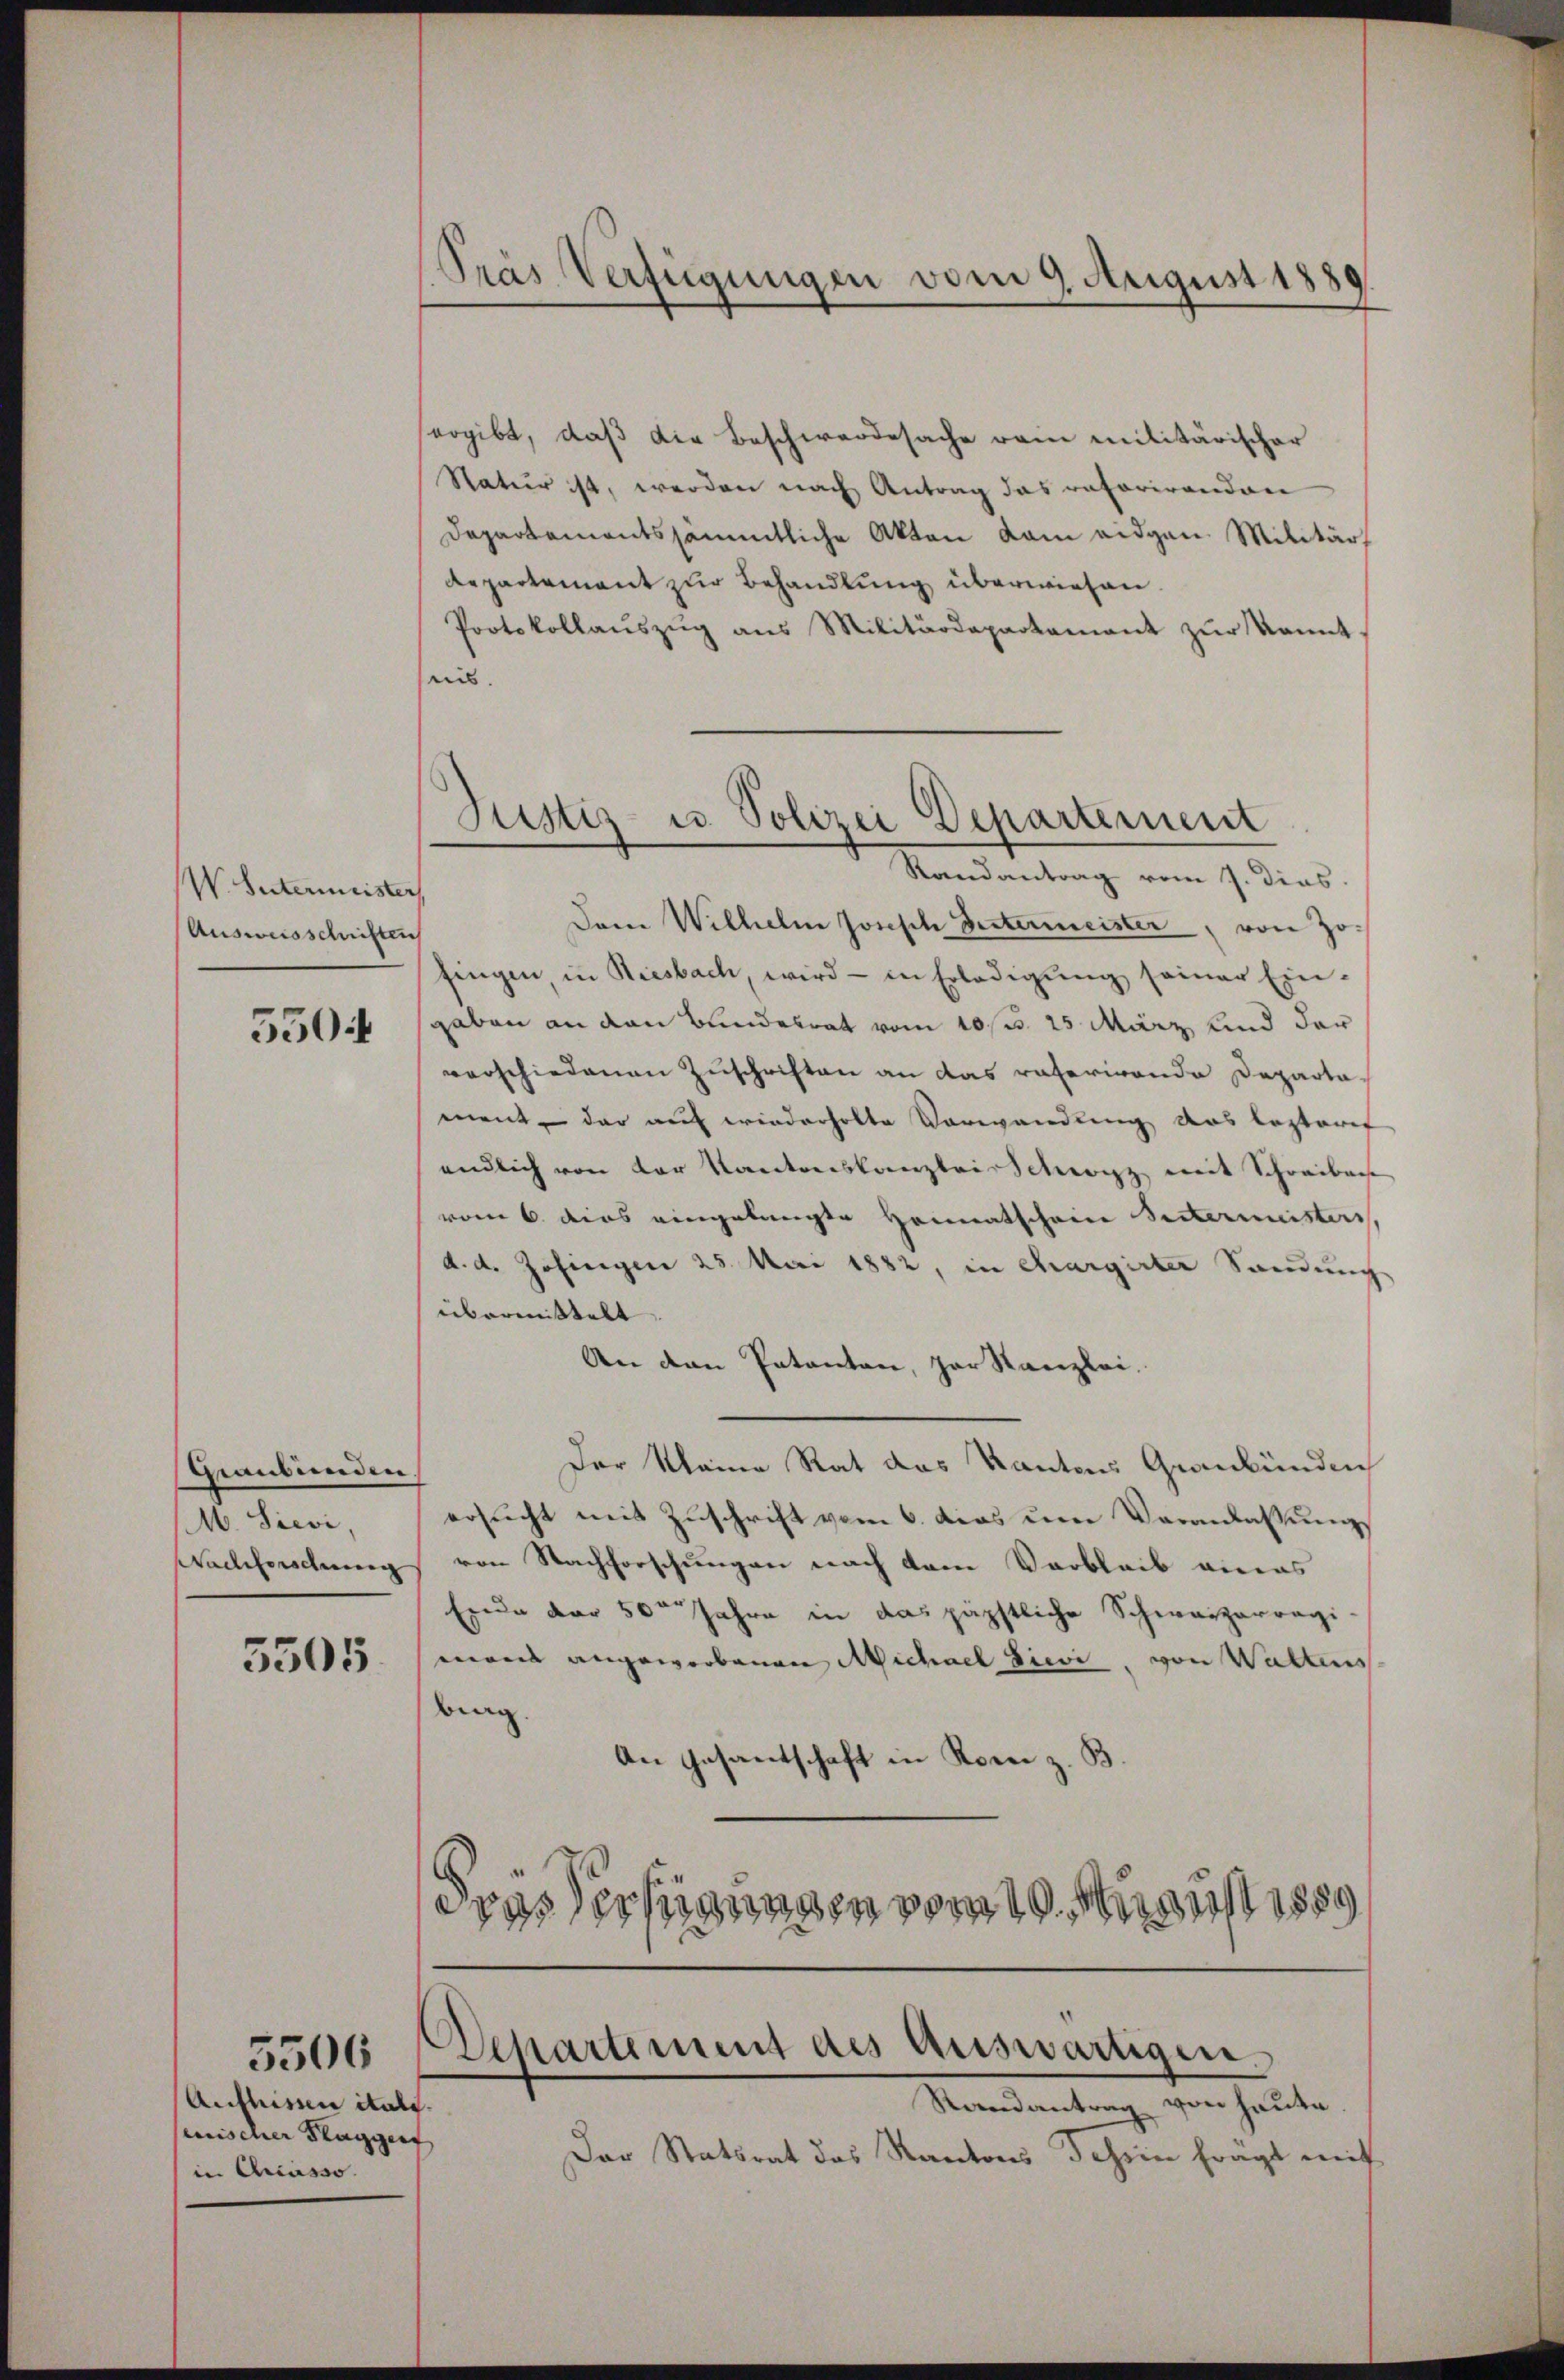
W. Entermeister
Ausweisschriften
550

Graubünden.
M. Sievi,
Nachforschung

5505.

Auflissen itals.
eirischer Taggert
in Ariasso.

5506

Pras Verfügungen vom 9. August 1889.

ergibt, daß die Beschwerdesache vom militärischer
Natur ist, werden nach Antrag das ratorirenden
departementssämmtliche Akten kam eidgen. Militär
Repartement zur Behandlung überwiesen.
Protokollaŭszŭg ans Militärdepartement zur kannt
eis.
Dem Wilhelm Joseph Seitermeister, von Jofingen, in Riesbach, wird - in Erledigŭng seiner Eingaben an den Bundesrat vom 10 st. 25 März und der
verschiedenen Zuschriften an das raterirende Departa-
ment der auf wiederholte Vorwandung des lezteres
endlich von der Kantonskanzlei Schwarz mit Schreiben
vom 6. dies eingelangte Heimatschein Seitermeisters
d. d. Zofingen 25. Mai 1882, in chargirter Sandung
übermittelt
An den Patenten, par Kanzlei.
Der Meine Rat das Kantons Graubünden
ersŭcht mit Zŭschrift vom 6. das ŭm Veranlassŭng
von Nachforschungen nach dem Verbleib eines
Erde der 50ten Jahre in das päpstliche Schwarzarregi-
monis angeworbenen Michael Pici, von Waltens
brag.
An Gesantschaft in Korn z. B.
eras Sechigungen vom 10. uns

Justiz- u. Polizei Departement
Randantrag vom 7. dies

Departement des Auswärtigen.
Randantrag von heute.

Der Statsrat des Kantons dahin frägt mit